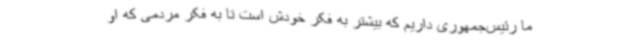
ما رئیس‌جمهوری داریم که بیشتر به فکر خودش است تا به فکر مردمی که او